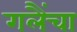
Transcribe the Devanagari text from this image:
गलैंचा